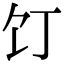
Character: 饤